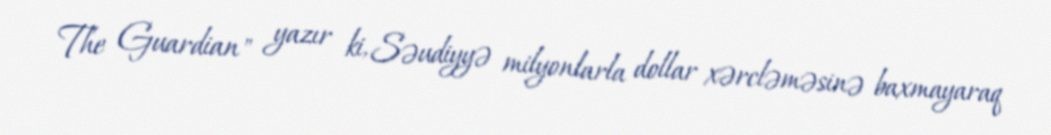
The Guardian" yazır ki, Səudiyyə milyonlarla dollar xərcləməsinə baxmayaraq